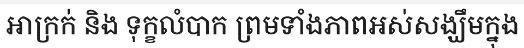
អាក្រក់ និង ទុក្ខលំបាក ព្រមទាំងភាពអស់សង្ឃឹមក្នុង